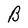
Character: B